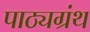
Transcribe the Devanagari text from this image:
पाठ्यग्रंथ